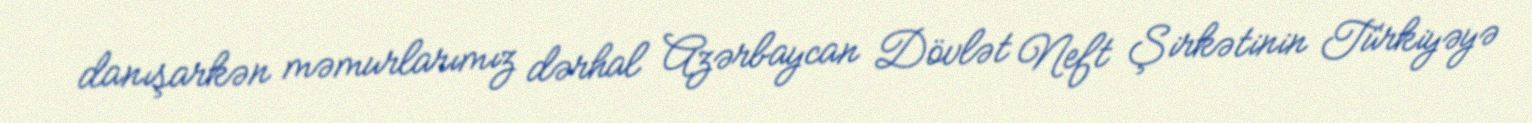
danışarkən məmurlarımız dərhal Azərbaycan Dövlət Neft Şirkətinin Türkiyəyə